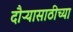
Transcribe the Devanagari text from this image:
दौऱ्यासाठीच्या